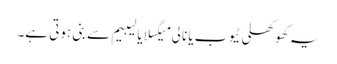
یہ کھوکھلی ٹیوب یا نالی میگسلا یا لیبیم سے بنی ہوتی ہے۔